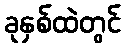
ခုနှစ်ထဲတွင်